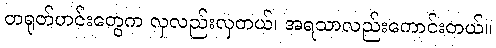
တရုတ်ဟင်းတွေက လှလည်းလှတယ်၊ အရသာလည်းကောင်းတယ်။